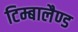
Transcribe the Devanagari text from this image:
टिम्बालैण्ड